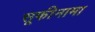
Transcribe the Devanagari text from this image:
सूफीनामा